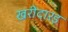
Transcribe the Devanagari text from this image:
खरीदारइ